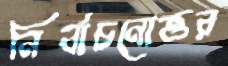
নির্বাচনোত্তর